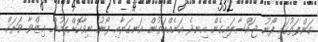
ކަންފަތުގައި ފޯނު ޖައްސާލައިގެން އިނދެ އަނެއްއަތުން އަނގަޔާއި ފޯނު ނިވާކޮށްލަމުން ޢިޒްވާ ވަރަށް